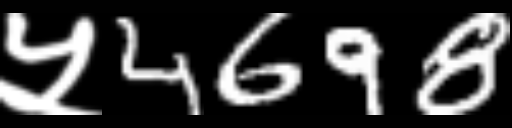
Text: ५4698